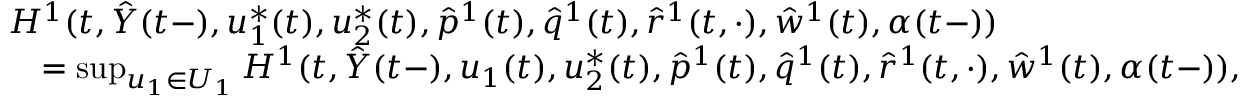
\begin{array} { r l } & { H ^ { 1 } ( t , \hat { Y } ( t - ) , u _ { 1 } ^ { * } ( t ) , u _ { 2 } ^ { * } ( t ) , \hat { p } ^ { 1 } ( t ) , \hat { q } ^ { 1 } ( t ) , \hat { r } ^ { 1 } ( t , \cdot ) , \hat { w } ^ { 1 } ( t ) , \alpha ( t - ) ) } \\ & { \quad = \operatorname* { s u p } _ { u _ { 1 } \in U _ { 1 } } H ^ { 1 } ( t , \hat { Y } ( t - ) , u _ { 1 } ( t ) , u _ { 2 } ^ { * } ( t ) , \hat { p } ^ { 1 } ( t ) , \hat { q } ^ { 1 } ( t ) , \hat { r } ^ { 1 } ( t , \cdot ) , \hat { w } ^ { 1 } ( t ) , \alpha ( t - ) ) , } \end{array}